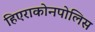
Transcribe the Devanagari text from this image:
हिएराकोनपोलिस